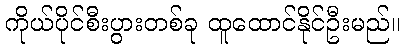
ကိုယ်ပိုင်စီးပွားတစ်ခု ထူထောင်နိုင်ဦးမည်။